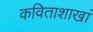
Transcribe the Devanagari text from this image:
कविताशाखां